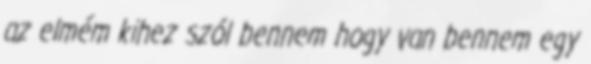
az elmém kihez szól bennem hogy van bennem egy